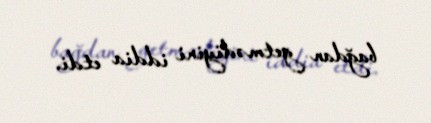
bağdan getmədiyini iddia etdi.